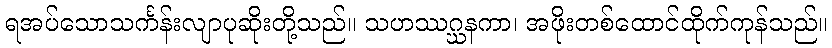
ရအပ်သောသင်္ကန်းလျာပုဆိုးတို့သည်။ သဟဿဂ္ဃနကာ၊ အဖိုးတစ်ထောင်ထိုက်ကုန်သည်။